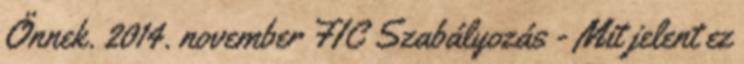
Önnek. 2014. november FIC Szabályozás - Mit jelent ez